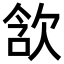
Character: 𣢺